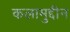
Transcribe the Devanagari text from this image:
कलामुद्दीन